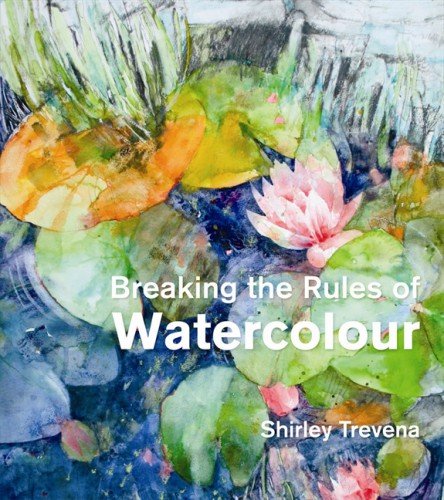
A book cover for Breaking the Rules of Watercolour; Shirley Trevena; Arts & Photography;